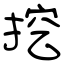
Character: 挖